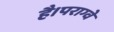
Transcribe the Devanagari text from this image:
है।पराग्वे